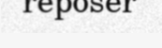
reposer